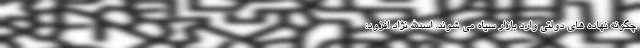
چگونه نهاده های دولتی وارد بازار سیاه می شوند. اسدالله نژاد افزود: